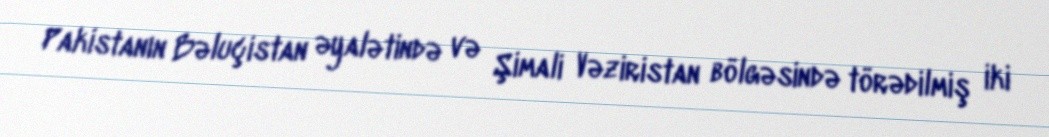
Pakistanın Bəluçistan əyalətində və Şimali Vəziristan bölgəsində törədilmiş iki